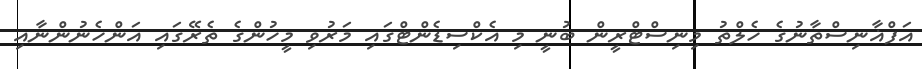
އަފްޣާނިސްތާނުގެ ހެލްތު މިނިސްޓްރީން ބުނީ މި އެކްސިޑެންޓްގައި މަރުވި މީހުންގެ ތެރޭގައި އަންހެނުންނާއި